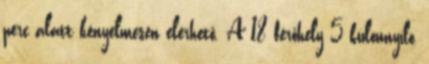
perc alatt kényelmesen elérhető. A 18 férőhely 5 különnyíló,